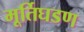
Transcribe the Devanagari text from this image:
मूर्तिघडण